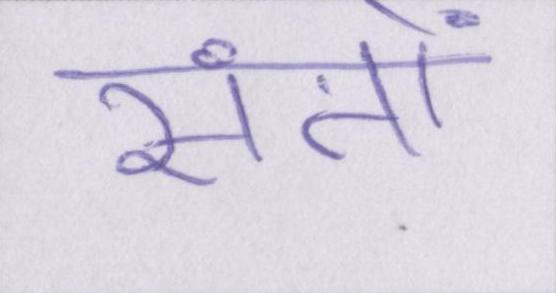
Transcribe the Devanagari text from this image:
संतों